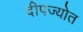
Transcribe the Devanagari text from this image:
दीपज्योत